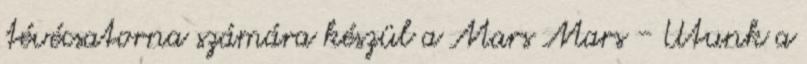
tévécsatorna számára készül a Mars Mars - Utunk a